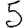
Digit: 5